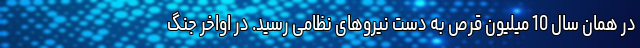
در همان سال 10 میلیون قرص به دست نیروهای نظامی رسید. در اواخر جنگ